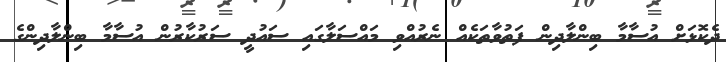
ދެކޮޅަށް އުސާމާ ބިންލާދިން ފަތުވާތަކެއް ނެރުއްވި މައްސަލާގައި ސައުދީ ސަރުކާރުން އުސާމާ ބިންލާދިންގެ